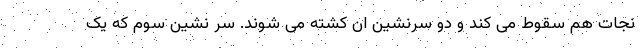
نجات هم سقوط می کند و دو سرنشین ان کشته می شوند. سر نشین سوم که یک